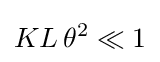
KL\!~\theta ^{2}\ll 1